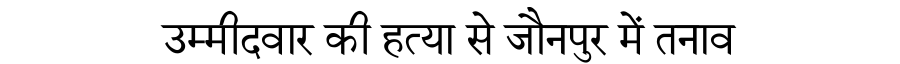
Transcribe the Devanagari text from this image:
उम्मीदवार की हत्या से जौनपुर में तनाव